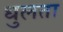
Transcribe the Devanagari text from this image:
धुलता